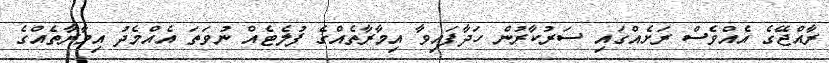
ރާއްޖޭގެ އެއްވެސް ރަށެއްގައި ސަރުކާރުން ހަދާފައިވާ އިމާރާތެއްގެ ފުލެޓެއް ނުވަތަ އެއްމެދު އިމާރާތެއްގެ